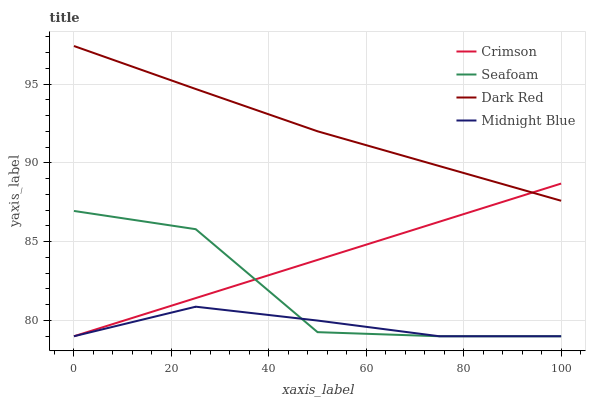
| xaxis_label | Crimson | Seafoam | Dark Red | Midnight Blue |
 | --- | --- | --- | --- | --- |
 | 0 | 79 | 87 | 97.4 | 79 |
 | 25 | 81.4 | 85.8 | 94.7 | 80.9 |
 | 50 | 83.8 | 79.3 | 92 | 80 |
 | 75 | 86.3 | 79 | 89.8 | 79 |
 | 100 | 88.7 | 79 | 87.6 | 79 |